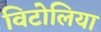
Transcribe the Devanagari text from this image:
विटोलिया